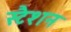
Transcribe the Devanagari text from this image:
स्टैशन